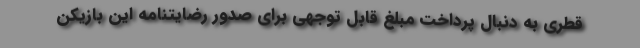
قطری به دنبال پرداخت مبلغ قابل توجهی برای صدور رضایتنامه این بازیکن